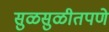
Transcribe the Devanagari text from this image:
सुळसुळीतपणे